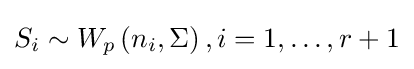
S_{i}\sim W_{p}\left(n_{i},\Sigma \right),i=1,\ldots ,r+1